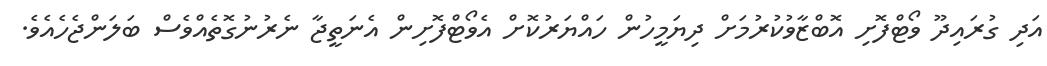
އަދި ގުރައިދޫ ވޯޓްފޮށި އޮބްޒާވުކުރުމަށް ދިޔަމީހުން ހައްޔަރުކޮށް އެވޯޓްފޮށިން އެނަތީޖާ ނެރުނުގޮތެއްވެސް ބަލަންޖެހެއެވެ.